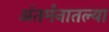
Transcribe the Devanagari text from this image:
अंतर्मनातल्या